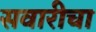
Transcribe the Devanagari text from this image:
सवारीचा